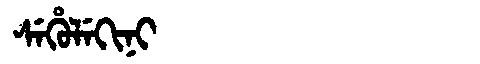
Manchu: ᠰᡝᡥᡠᠯᡝᡴᡳᠨᡳ
Romanization: SEHULEKINI